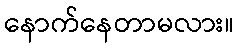
နောက်နေတာမလား။